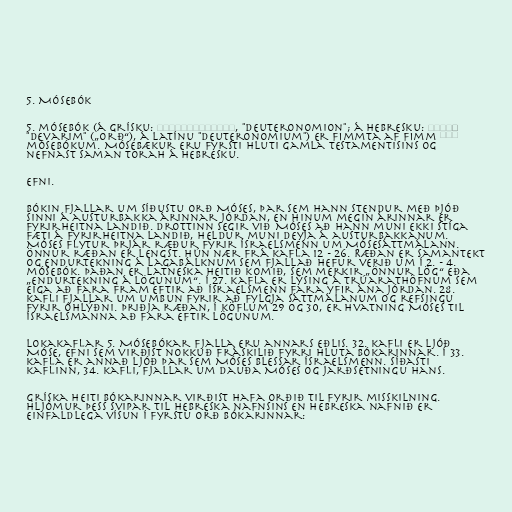
5. Mósebók

5. mósebók (á grísku: Δευτερονόμιον, "Deuteronomion"; á hebresku: דְּבָרִים
"Devarim" („orð“), á latínu "Deuteronomium") er fimmta af fimm
mósebókum. Mósebækur eru fyrsti hluti gamla testamentisins og
nefnast saman Torah á hebresku.

Efni.

Bókin fjallar um síðustu orð Móses, þar sem hann stendur með þjóð
sinni á austurbakka árinnar Jórdan, en hinum megin árinnar er
fyrirheitna landið. Drottinn segir við Móses að hann muni ekki stíga
fæti á fyrirheitna landið, heldur muni deyja á austurbakkanum.
Móses flytur þrjár ræður fyrir Ísraelsmenn um Mósesáttmálann.
Önnur ræðan er lengst. Hún nær frá kafla 12 - 26. Ræðan er samantekt
og endurtekning á lagabálknum sem fjallað hefur verið um í 2. - 4.
mósebók. Þaðan er latneska heitið komið, sem merkir „önnur lög“ eða
„endurtekning á lögunum“. Í 27. kafla er lýsing á trúarathöfnum sem
eiga að fara fram eftir að Ísraelsmenn fara yfir ána Jórdan. 28.
kafli fjallar um umbun fyrir að fylgja sáttmálanum og refsingu
fyrir óhlýðni. Þriðja ræðan, í köflum 29 og 30, er hvatning Móses til
Ísraelsmanna að fara eftir lögunum.

Lokakaflar 5. Mósebókar fjalla eru annars eðlis. 32. kafli er ljóð
Móse, efni sem virðist nokkuð fráskilið fyrri hluta bókarinnar. Í 33.
kafla er annað ljóð þar sem Móses blessar Ísraelsmenn. Síðasti
kaflinn, 34. kafli, fjallar um dauða Móses og jarðsetningu hans.

Gríska heiti bókarinnar virðist hafa orðið til fyrir misskilning.
Hljómur þess svipar til hebreska nafnsins en hebreska nafnið er
einfaldlega vísun í fyrstu orð bókarinnar: